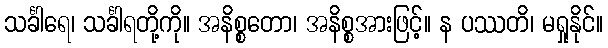
သင်္ခါရေ၊ သင်္ခါရတို့ကို။ အနိစ္စတော၊ အနိစ္စအားဖြင့်။ န ပဿတိ၊ မရှုနိုင်။